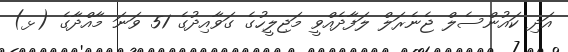
އަދި ކައުންސެލް ޖެނެރަލް ލަފާދެއްވީ މަޖިލީހުގެ ގަވާއިދުގެ 51 ވަނަ މާއްދާގެ (ޅ)